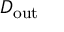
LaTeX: D _ { \mathrm { o u t } }